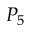
P _ { 5 }